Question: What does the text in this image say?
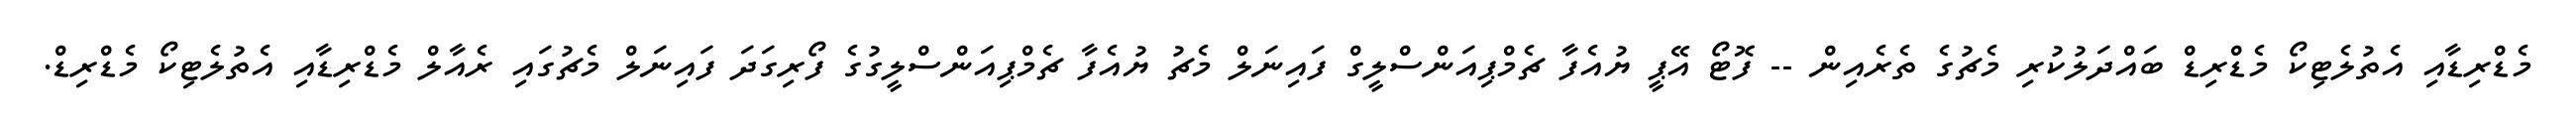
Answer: މެޑްރިޑާއި އެތުލެޓިކޯ މެޑްރިޑް ބައްދަލުކުރި މެޗުގެ ތެރެއިން -- ފޮޓޯ އޭޕީ ޔުއެފާ ޗެމްޕިއަންސްލީގް ފައިނަލް މެޗު ޔުއެފާ ޗެމްޕިއަންސްލީގުގެ ފޯރިގަދަ ފައިނަލް މެޗުގައި ރެއާލް މެޑްރިޑާއި އެތުލެޓިކޯ މެޑްރިޑް.